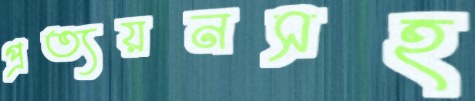
প্রত্যয়নসহ